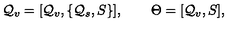
{ \cal Q } _ { v } = [ { \cal Q } _ { v } , \{ { \cal Q } _ { s } , S \} ] , \quad \quad \Theta = [ { \cal Q } _ { v } , S ] ,